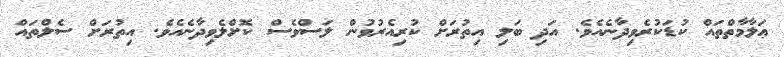
ޢަލާމާތްތައް ކުޑަކުރެވިދާނެއެވެ. އަދި ބަލި އިތުރަށް ކުރިއެރުވުން ލަސްވެސް ކޮށްލެވިދާނެއެވެ. އިތުރަށް ސެލްތައް